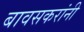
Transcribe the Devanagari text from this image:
बावसकरांनी